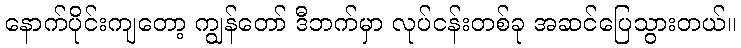
နောက်ပိုင်းကျတော့ ကျွန်တော် ဒီဘက်မှာ လုပ်ငန်းတစ်ခု အဆင်ပြေသွားတယ်။